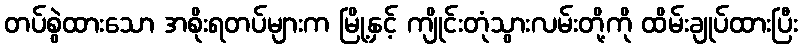
တပ်စွဲထားသော အစိုးရတပ်များက မြို့နှင့် ကျိုင်းတုံသွားလမ်းတို့ကို ထိမ်းချုပ်ထားပြီး